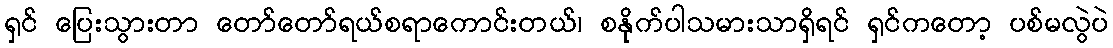
ရှင် ပြေးသွားတာ တော်တော်ရယ်စရာကောင်းတယ်၊ စနိုက်ပါသမားသာရှိရင် ရှင်ကတော့ ပစ်မလွဲပဲ